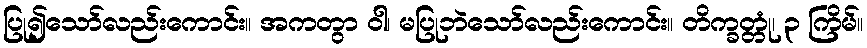
ပြု၍သော်လည်းကောင်း။ အကတွာ ဝါ၊ မပြုဘဲသော်လည်းကောင်း။ တိက္ခတ္တုံ၊ ၃ ကြိမ်။